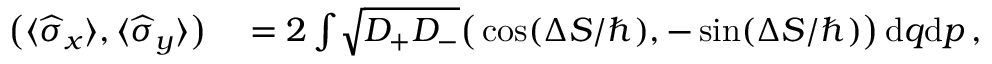
\begin{array} { r l } { \big ( \langle \widehat \sigma _ { x } \rangle , \langle \widehat \sigma _ { y } \rangle \big ) } & { { } = 2 \int \! \sqrt { D _ { + } D _ { - } } \big ( \cos ( \Delta S / \hbar ) , - \sin ( \Delta S / \hbar ) \big ) \, \mathrm { d } q \mathrm { d } p \, , } \end{array}